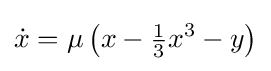
{\dot {x}}=\mu \left(x-{\tfrac {1}{3}}x^{3}-y\right)